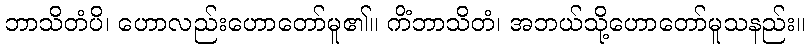
ဘာသိတံပိ၊ ဟောလည်းဟောတော်မူ၏။ ကိံဘာသိတံ၊ အဘယ်သို့ဟောတော်မူသနည်း။